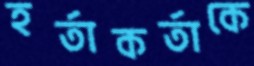
হর্তাকর্তাকে